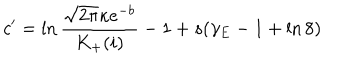
LaTeX: c ^ { \prime } = \ln \frac { \sqrt { 2 \pi } \kappa e ^ { - b } } { K _ { + } ( i ) } - 1 + s ( \gamma _ { E } - 1 + \ln 8 )